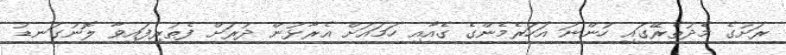
ރަށުގެ މެދުތެރޭގައި ހުންނަ އަހަރެމެންގެ ގެއާއި ހަމައަށް އެރާޅުން ދުރަށް ފެތުރިފައިވާ ލޮނުގަނޑު